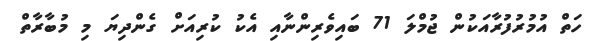
ހަތް އުމުރުފުރާއަކުން ޖުމްލަ 71 ބައިވެރިންނާއި އެކު ކުރިއަށް ގެންދިޔަ މި މުބާރާތް